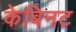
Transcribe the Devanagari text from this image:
केबिनट